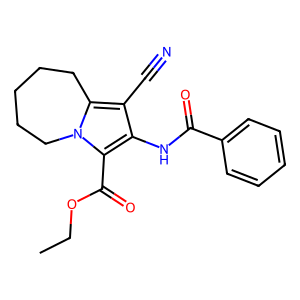
SMILES: CCOC(=O)c1c(NC(=O)c2ccccc2)c(C#N)c2n1CCCCC2
Inhibits HIV replication: No